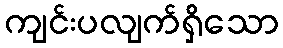
ကျင်းပလျက်ရှိသော